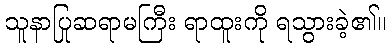
သူနာပြုဆရာမကြီး ရာထူးကို ရသွားခဲ့၏။